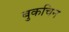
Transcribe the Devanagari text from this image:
बुकचिन